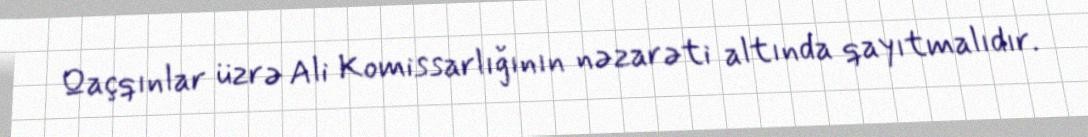
Qaçqınlar üzrə Ali Komissarlığının nəzarəti altında qayıtmalıdır.